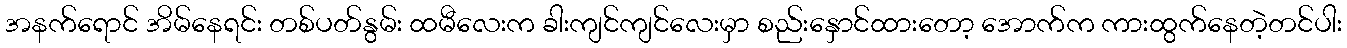
အနက်ရောင် အိမ်နေရင်း တစ်ပတ်နွမ်း ထမီလေးက ခါးကျင်ကျင်လေးမှာ စည်းနှောင်ထားတော့ အောက်က ကားထွက်နေတဲ့တင်ပါး